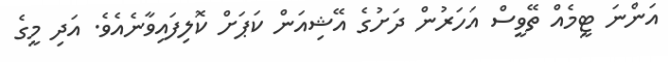
އަންނަ ޓީމެއް ތޭވީސް އަހަރުން ދަށުގެ އޭޝިއަން ކަޕަށް ކޮލިފައިވާނެއެވެ. އަދި މީގެ